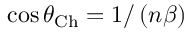
\cos \theta _ { \mathrm { C h } } = 1 / \left( n \beta \right)